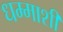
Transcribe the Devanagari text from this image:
धम्माशी